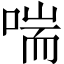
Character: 喘